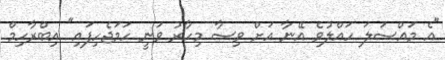
"އެ މައްސަލަ ހައްލުވެ އޭނާ އަށް ވިސާ މިހާރު ވަނީ ހަމަޖެހިފައި" އިބްރާހިމް